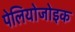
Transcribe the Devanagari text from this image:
पेलियोजोइक